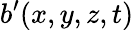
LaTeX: b^{\prime}(x,y,z,t)